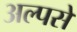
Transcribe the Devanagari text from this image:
अल्पसे